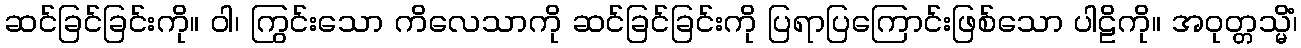
ဆင်ခြင်ခြင်းကို။ ဝါ၊ ကြွင်းသော ကိလေသာကို ဆင်ခြင်ခြင်းကို ပြရာပြကြောင်းဖြစ်သော ပါဠိကို။ အဝုတ္တသ္မိံ၊